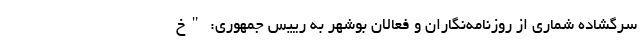
سرگشاده شماری از روزنامه‌نگاران و فعالان بوشهر به رییس جمهوری: "خ